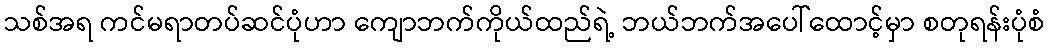
သစ်အရ ကင်မရာတပ်ဆင်ပုံဟာ ကျောဘက်ကိုယ်ထည်ရဲ့ ဘယ်ဘက်အပေါ်ထောင့်မှာ စတုရန်းပုံစံ